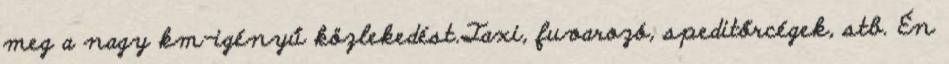
meg a nagy km-igényű közlekedést.Taxi, fuvarozó, speditőrcégek, stb. Én